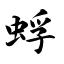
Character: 蜉